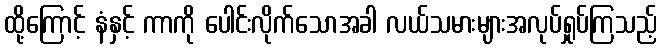
ထို့ကြောင့် နံနှင့် ကာကို ပေါင်းလိုက်သောအခါ လယ်သမားများအလုပ်ရှုပ်ကြသည့်